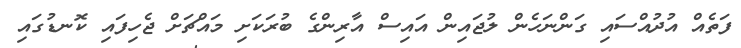
ފަތެއް އުދުއްސައި ގަންނަހެން ލުޖައިން އައިސް އާރިންގެ ބުރަކަށި މައްޗަށް ޖެހިފައި ކޮނޑުގައި